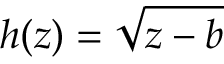
h ( z ) = { \sqrt { z - b } }